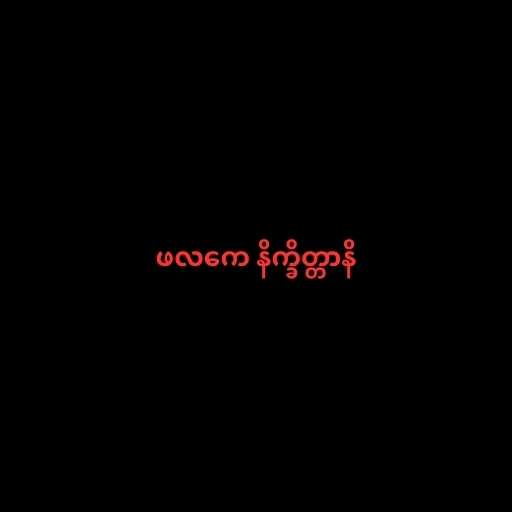
ဖလကေ နိက္ခိတ္တာနိ